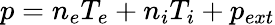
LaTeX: p=n_{e}T_{e}+n_{i}T_{i}+p_{ext}